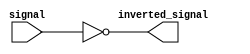
module Combinational_logic_blocks(
    input signal,
    output inverted_signal
);

assign inverted_signal = ~signal;

endmodule